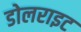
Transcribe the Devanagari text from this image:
डोलराइट